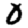
Digit: 0